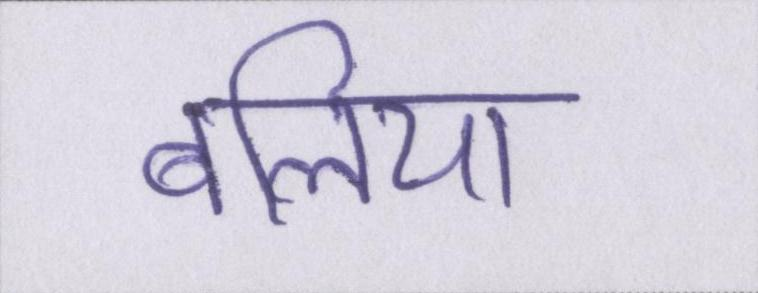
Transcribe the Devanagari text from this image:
बलिया